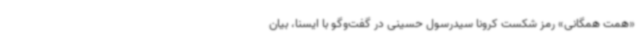
«همت همگانی» رمز شکست کرونا سیدرسول حسینی در گفت‌وگو با ایسنا، بیان